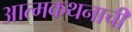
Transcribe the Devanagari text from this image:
आत्मकथनाची